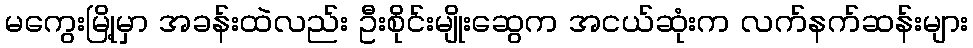
မကွေးမြို့မှာ အခန်းထဲလည်း ဦးစိုင်းမျိုးဆွေက အငယ်ဆုံးက လက်နက်ဆန်းများ